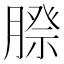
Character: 𮌰